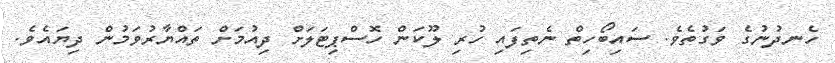
ހެނދުނުގެ ވަގުތެވެ. ސައިބޯހިތް ނެތިފައި ހުރި ލޫކަން ހޮސްޕިޓަލަށް ދިއުމަށް ތައްޔާރުވަމުން ދިޔައެވެ.